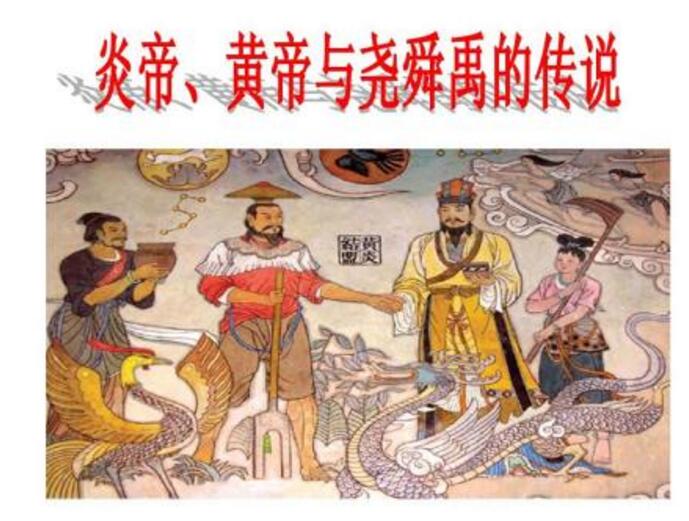
以治气养生，则后彭祖以修身自名，则配尧禹。宜于时通，利以处穷，礼信是也。